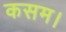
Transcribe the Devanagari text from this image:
कसम।